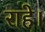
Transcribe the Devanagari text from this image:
राहे।